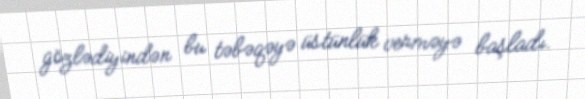
gözlədiyindən bu təbəqəyə üstünlük verməyə başladı.